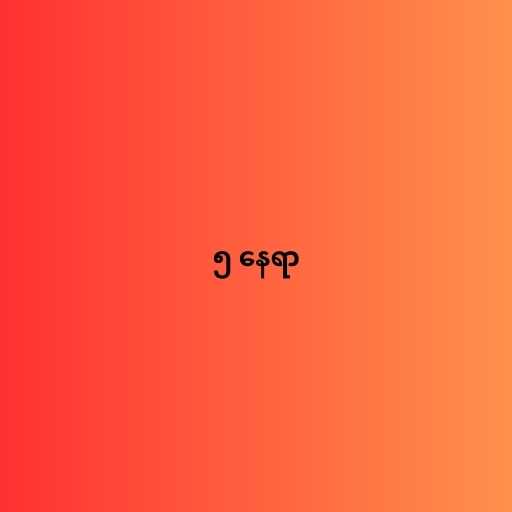
၅ နေရာ